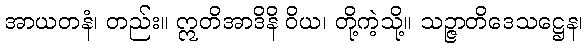
အာယတနံ၊ တည်း။ ဣတိအာဒိနိ ဝိယ၊ တို့ကဲ့သို့။ သဉ္ဇာတိဒေသဋ္ဌေန၊